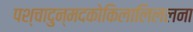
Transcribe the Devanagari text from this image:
पश्चादुन्मदकोकिलालिललना